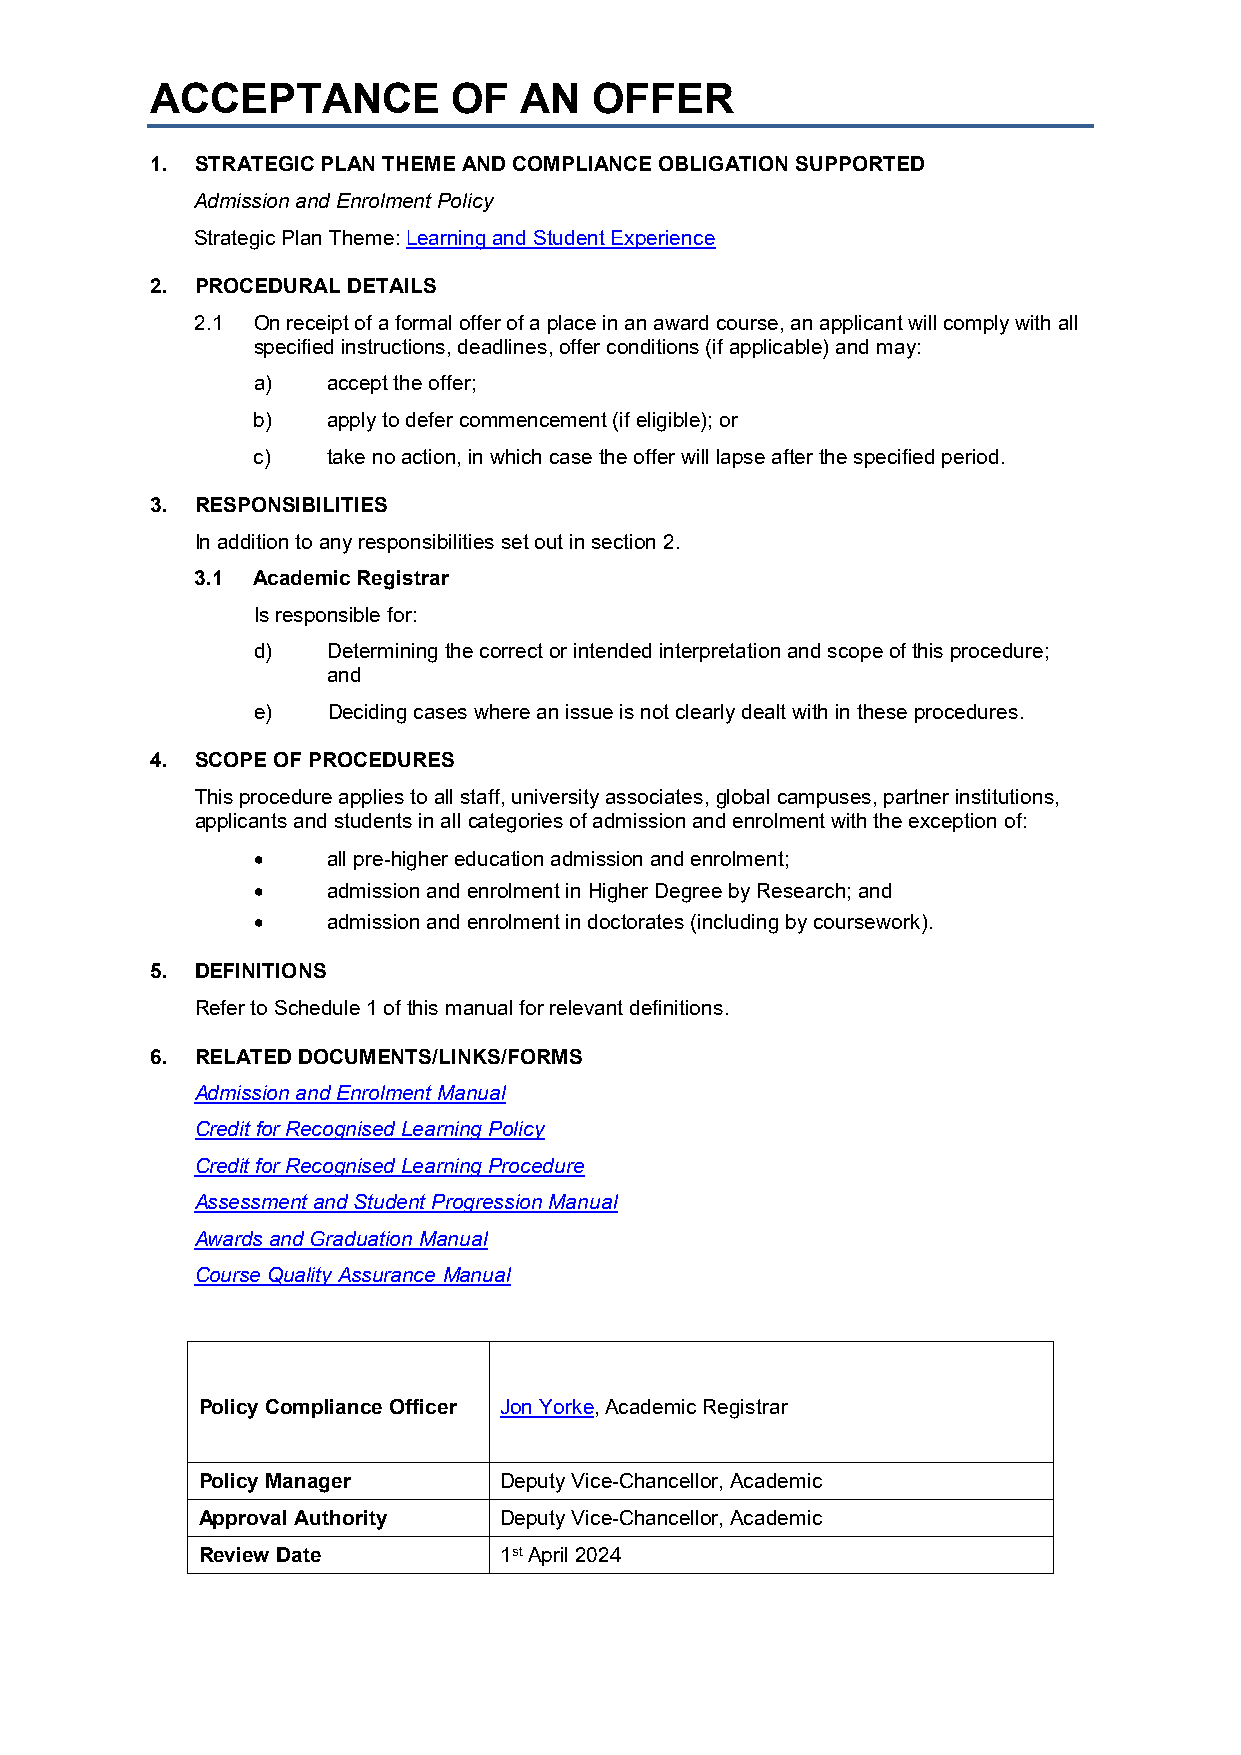
ACCEPTANCE          OF  AN   OFFER
 1. STRATEGIC PLAN THEME AND COMPLIANCE OBLIGATION SUPPORTED
 Admission and Enrolment Policy
 Strategic Plan Theme: Learning and Student Experience
 2. PROCEDURAL DETAILS
 2.1 On receipt of a formal offer of a place in an award course, an applicant will comply with all
 specified instructions, deadlines, offer conditions (if applicable) and may:
 a)   accept the offer;
 b)   apply to defer commencement (if eligible); or
 c)   take no action, in which case the offer will lapse after the specified period.
 3. RESPONSIBILITIES
 In addition to any responsibilities set out in section 2.
 3.1 Academic Registrar
 Is responsible for:
 d)   Determining the correct or intended interpretation and scope of this procedure;
 and
 e)   Deciding cases where an issue is not clearly dealt with in these procedures.
 4. SCOPE OF PROCEDURES
 This procedure applies to all staff, university associates, global campuses, partner institutions,
 applicants and students in all categories of admission and enrolment with the exception of:
 •    all pre-higher education admission and enrolment;
 •    admission and enrolment in Higher Degree by Research; and
 •    admission and enrolment in doctorates (including by coursework).
 5. DEFINITIONS
 Refer to Schedule 1 of this manual for relevant definitions.
 6. RELATED DOCUMENTS/LINKS/FORMS
 Admission and Enrolment Manual
 Credit for Recognised Learning Policy
 Credit for Recognised Learning Procedure
 Assessment and Student Progression Manual
 Awards and Graduation Manual
 Course Quality Assurance Manual
 Policy Compliance Officer Jon Yorke, Academic Registrar
 Policy Manager      Deputy Vice-Chancellor, Academic
 Approval Authority  Deputy Vice-Chancellor, Academic
 Review Date         1st April 2024